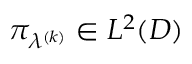
\pi _ { \lambda ^ { ( k ) } } \in L ^ { 2 } ( D )